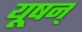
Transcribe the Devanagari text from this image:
यूषन्